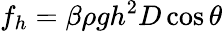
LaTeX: f_{h}=\beta\rho gh^{2}D\cos\theta